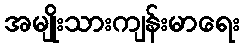
အမျိုးသားကျန်းမာရေး